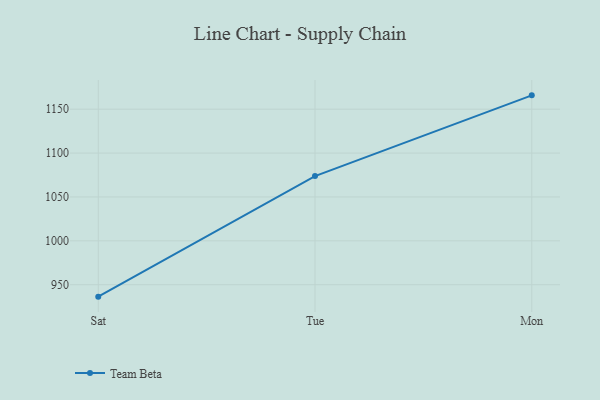
{"axis": {"x": "Day", "y": "Backlog"}, "legend": ["Team Beta"], "data": [{"x": "Sat", "y": 936.4, "type": "Team Beta"}, {"x": "Tue", "y": 1073.8, "type": "Team Beta"}, {"x": "Mon", "y": 1165.8, "type": "Team Beta"}]}